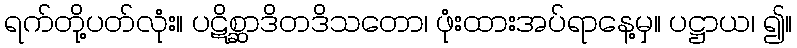
ရက်တို့ပတ်လုံး။ ပဋိစ္ဆာဒိတဒိသတော၊ ဖုံးထားအပ်ရာနေ့မှ။ ပဋ္ဌာယ၊ ၍။